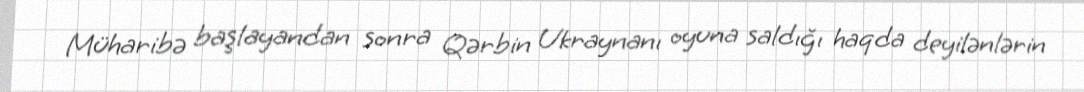
Müharibə başlayandan sonra Qərbin Ukraynanı oyuna saldığı haqda deyilənlərin